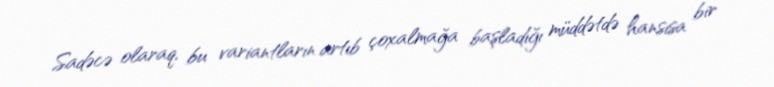
Sadəcə olaraq, bu variantların artıb çoxalmağa başladığı müddətdə hansısa bir